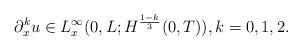
LaTeX: \begin{align*}\partial_x^k u \in L^{\infty}_x(0,L;H^{\frac{1-k}{3}}(0,T)), k=0,1,2.\end{align*}